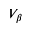
V _ { \beta }